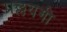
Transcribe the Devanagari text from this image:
प्रल्लयगी